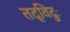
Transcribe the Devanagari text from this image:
तद्विदुः